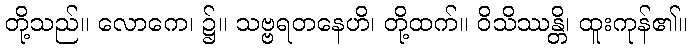
တို့သည်။ လောကေ၊ ၌။ သဗ္ဗရတနေဟိ၊ တို့ထက်။ ဝိသိဿန္တိ၊ ထူးကုန်၏။